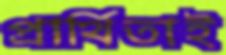
প্রার্থিতাই